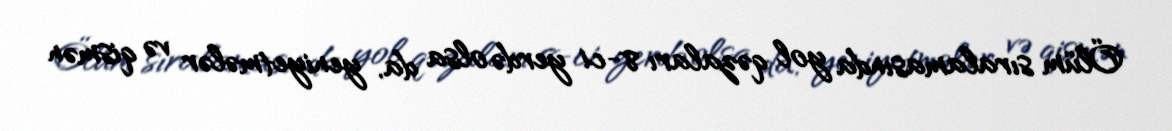
Ölüm sıralamasında yol qəzaları 8-ci yerdə olsa da, yeniyetmələr və qismən